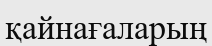
қайнағаларың